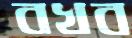
বখব